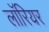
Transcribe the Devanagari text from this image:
लॉरियर